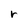
Character: r